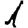
Digit: 1